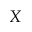
X